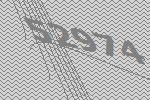
52974